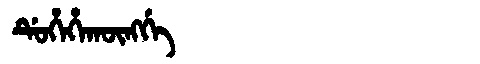
Manchu: ᡩᡠᡥᡝᡥᠠᡴᡡᠩᡤᡝ
Romanization: DUHEHAKŪNGGE